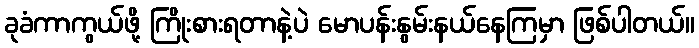
ခုခံကာကွယ်ဖို့ ကြိုးစားရတာနဲ့ပဲ မောပန်းနွမ်းနယ်နေကြမှာ ဖြစ်ပါတယ်။